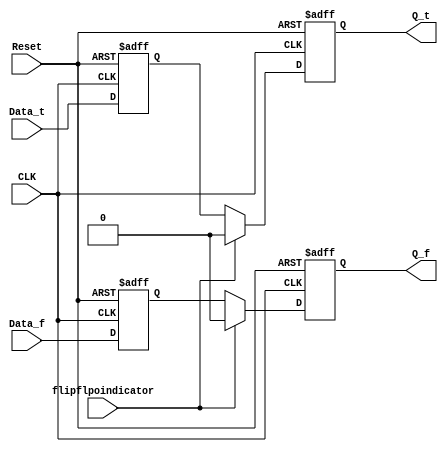
`timescale 1ns / 1ps
//////////////////////////////////////////////////////////////////////////////////
// Company: 
// Engineer: 
// 
// Design Name: 
// Module Name: DFF_2
// Project Name: 
// Target Devices: 
// Tool Versions: 
// Description: 
// 
// Dependencies: 
// 
// Revision:
// Revision 0.01 - File Created
// Additional Comments:
// 
//////////////////////////////////////////////////////////////////////////////////

//DFF that samples the data or creating the precharge wave and extanding the signal data/precharge to full clock cycle. 
module DFF_2(input CLK,input Reset, input Data_t, input Data_f,input flipflpoindicator, 
output reg Q_t, output reg Q_f );
//reg state;
reg tmp1_t;
reg tmp1_f;
wire notrst;
//initial begin
//tmp1_t<=1'b0;
//tmp1_f<=1'b1;
//end
//assign notrst=~Reset;

// level 1 DFF. sampling the data
always@(posedge CLK,posedge Reset) begin // original neg clk
    if (Reset==1'b1) begin
      tmp1_t<=1'b0;
        tmp1_f<=1'b1;

    end else begin
        tmp1_t<=Data_t;
        tmp1_f<=Data_f;
end
end
// level 2 DFF. sampling the right data or creating the precharge wave depending on the control line - "flipflpoindicator"
always@(posedge CLK,posedge Reset) begin
    if(Reset==1'b1) begin
          Q_t<=1'b0;
           Q_f<=1'b0;
          end else begin
    if (!flipflpoindicator) begin
        Q_t<=tmp1_t;
        Q_f<=tmp1_f;

    end else begin
        Q_t<=1'b0;
        Q_f<=1'b0;
end
end
end

endmodule